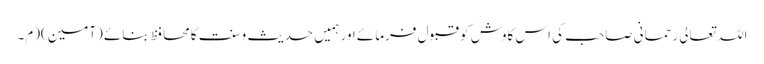
اللہ تعالی رحمانی صاحب کی اس کاوش کو قبول فرمائے اور ہمیں حدیث وسنت کامحافظ بنائے (آمین)(م۔